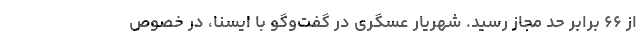
از ۶۶ برابر حد مجاز رسید. شهریار عسگری در گفت‌وگو با ایسنا، در خصوص